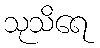
သုသိရေ